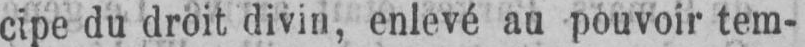
cipe du droit divin, enlevé au pouvoir tem-